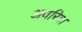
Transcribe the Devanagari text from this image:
अवरिदा